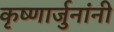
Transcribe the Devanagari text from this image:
कृष्णार्जुनांनी